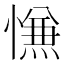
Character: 𰒑